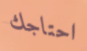
احتاجك